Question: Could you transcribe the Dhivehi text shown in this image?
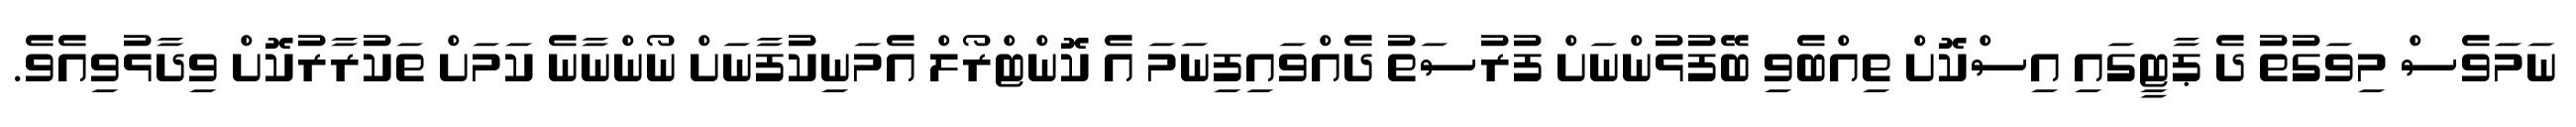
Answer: ނަމަވެސް މިވަގުތު ދެ ޕާޓީގައި އިސްކޮށް ތިއްބެވި ބޭފުޅުންނަށް ފުރުސަތު ދެއްވައިފިނަމަ އެ ކޮންޓްރޯލް އެމަނިކުފާނަށް ނޯންނާނެ ކަމަށް ތަކުރާރުކޮށް ވިދާޅުވިއެވެ.